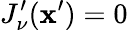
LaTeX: J_{\nu}^{\prime}(\mathbf{x}^{\prime})=0